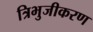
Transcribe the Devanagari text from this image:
त्रिभुजीकरण